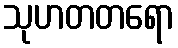
သုဟတတရော